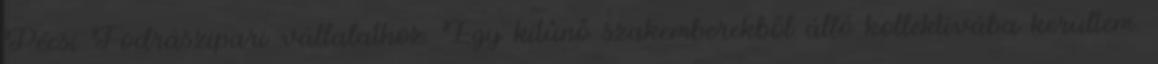
Pécsi Fodrászipari vállalathoz. Egy kitûnô szakemberekbôl álló kollektívába kerültem.